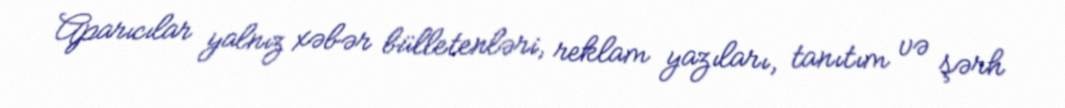
Aparıcılar yalnız xəbər bülletenləri, reklam yazıları, tanıtım və şərh